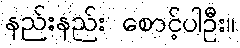
နည်းနည်း စောင့်ပါဦး။